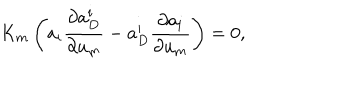
K _ { m } \left( a _ { i } \frac { \partial a _ { D } ^ { i } } { \partial u _ { m } } - a _ { D } ^ { i } \frac { \partial a _ { i } } { \partial u _ { m } } \right) = 0 ,